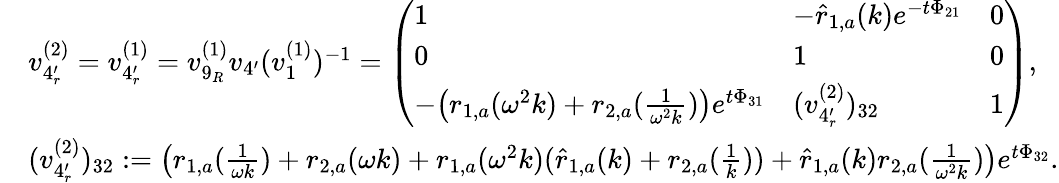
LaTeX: \begin{array}{rl}&{v_{4_{r}^{\prime}}^{(2)}=v_{4_{r}^{\prime}}^{(1)}=v_{9_{R}}^{(1)}v_{4^{\prime}}(v_{1}^{(1)})^{-1}=\left(\begin{array}{lll}{1}&{-\hat{r}_{1,a}(k)e^{-t\Phi_{21}}}&{0}\\ {0}&{1}&{0}\\ {-\big(r_{1,a}(\omega^{2}k)+r_{2,a}(\frac{1}{\omega^{2}k})\big)e^{t\Phi_{31}}}&{(v_{4_{r}^{\prime}}^{(2)})_{32}}&{1}\end{array}\right),}\\ &{(v_{4_{r}^{\prime}}^{(2)})_{32}:=\big(r_{1,a}(\frac{1}{\omega k})+r_{2,a}(\omega k)+r_{1,a}(\omega^{2}k)(\hat{r}_{1,a}(k)+r_{2,a}(\frac{1}{k}))+\hat{r}_{1,a}(k)r_{2,a}(\frac{1}{\omega^{2}k})\big)e^{t\Phi_{32}}.}\end{array}